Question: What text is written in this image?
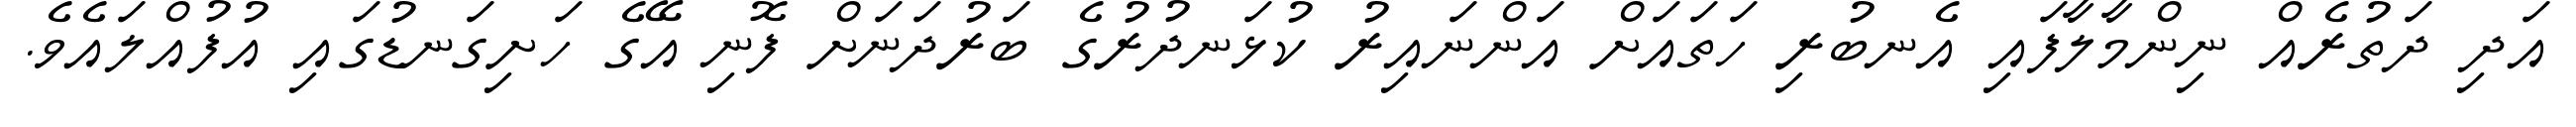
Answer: އަދި ދަތުރެއް ނިންމާލާފައި އެނބުރި ހަތައަށް އަންނައިރު ކުޅަނދުރުގެ ބަރުދަނަށް ފޮނި އޭގެ ހަށިގަނޑުގައި އުފުއްލައެވެ.